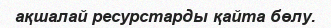
ақшалай ресурстарды қайта бөлу.